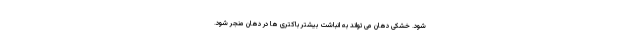
شود. خشکی دهان می تواند به انباشت بیشتر باکتری ها در دهان منجر شود.